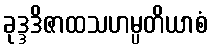
ခုဒ္ဒဒိဇာထသဟမ္ပတိယာစံ